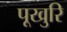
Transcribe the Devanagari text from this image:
पूखुरि